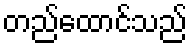
တည်ထောင်သည်